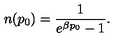
n ( p _ { 0 } ) = \frac { 1 } { e ^ { \beta p _ { 0 } } - 1 } .